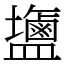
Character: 䀋